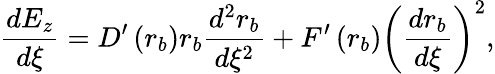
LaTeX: \frac{dE_{z}}{d\xi}=D^{\prime}\left(r_{b}\right)r_{b}\frac{d^{2}r_{b}}{d\xi^{2}}+F^{\prime}\left(r_{b}\right)\left(\frac{dr_{b}}{d\xi}\right)^{2},